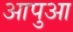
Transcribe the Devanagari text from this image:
आपुआ